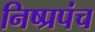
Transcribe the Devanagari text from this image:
निष्प्रपंच